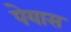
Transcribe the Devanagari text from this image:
पेयास